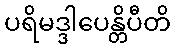
ပရိမဒ္ဒါပေန္တိပီတိ